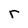
Character: r